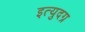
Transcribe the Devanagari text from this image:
इत्युदग्र